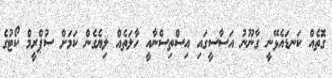
ގޮތެއް ކަނޑައެޅޭނީ ގާނޫނު އަސާސީގައި އިސްތިސްނާއީ ހާލަތެއް ލިޔެގެން ކަމަށް ސުޕްރީމް ކޯޓުގެ